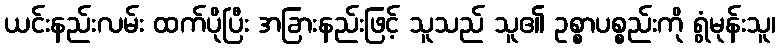
ယင်းနည်းလမ်း ထက်ပိုပြီး အခြားနည်းဖြင့် သူသည် သူ၏ ဥစ္စာပစ္စည်းကို ရွံမုန်းသူ၊